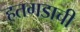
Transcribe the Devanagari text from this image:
हतगडाची